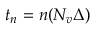
t _ { n } = n ( N _ { v } \Delta )